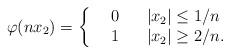
LaTeX: \begin{align*}\varphi(n x_2)=\left\{\begin{array}{cccl} & 0& & |x_2|\leq1/n\\ & 1 & & |x_2|\geq 2/n. \end{array} \right.\end{align*}